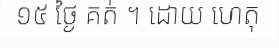
១៥ ថ្ងៃ គត់ ។ ដោយ ហេតុ